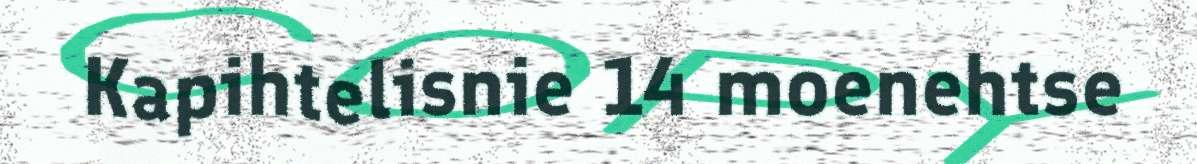
Kapihtelisnie 14 moenehtse